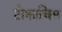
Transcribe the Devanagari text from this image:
टोकाचिस